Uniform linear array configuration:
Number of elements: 32
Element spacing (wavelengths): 1
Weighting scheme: exponential
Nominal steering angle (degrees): -30
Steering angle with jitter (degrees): -28.66
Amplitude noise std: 0.05
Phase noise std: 0.05

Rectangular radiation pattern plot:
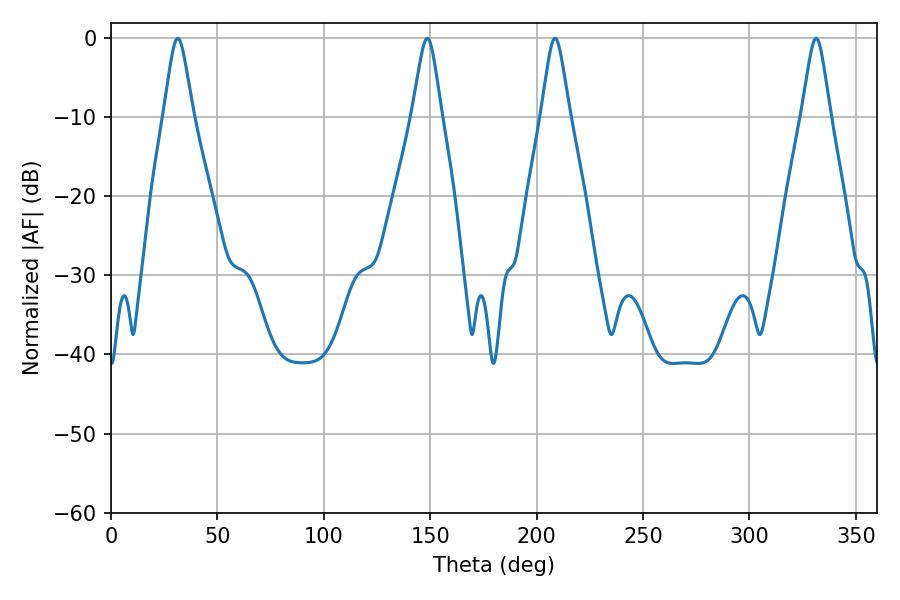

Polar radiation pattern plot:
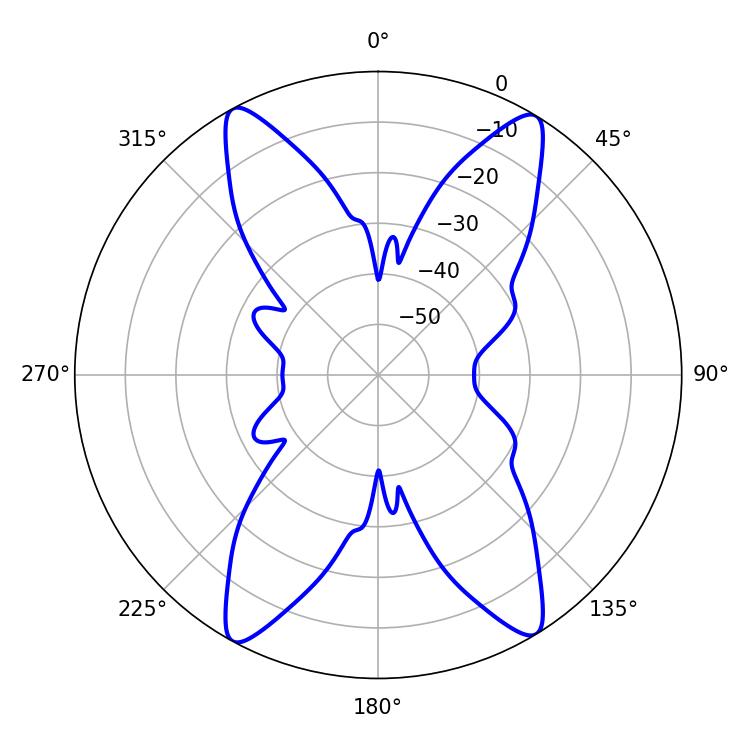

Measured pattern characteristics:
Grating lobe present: TRUE
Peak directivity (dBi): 20.718
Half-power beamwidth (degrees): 6.3
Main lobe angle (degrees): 208.62